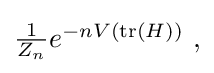
{\textstyle {\frac {1}{Z_{n}}}e^{-nV(\mathrm {tr} (H))}~,}